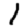
Digit: 1